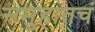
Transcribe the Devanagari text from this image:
समुहातचं